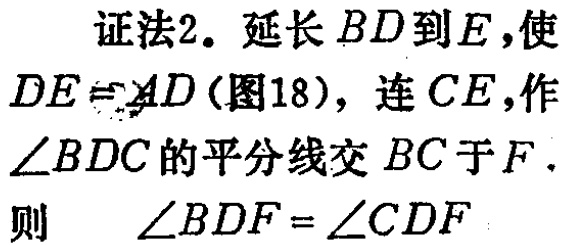
证法2. 延长 \(BD\) 到 \(E\)，使 \(DE = AD\) (图18)，连 \(CE\)，作 \(\angle BDC\) 的平分线交 \(BC\) 于 \(F\).
则 \(\angle BDF=\angle CDF\)